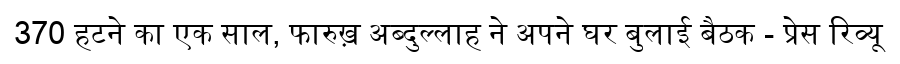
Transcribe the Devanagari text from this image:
370 हटने का एक साल, फारुख़ अब्दुल्लाह ने अपने घर बुलाई बैठक - प्रेस रिव्यू